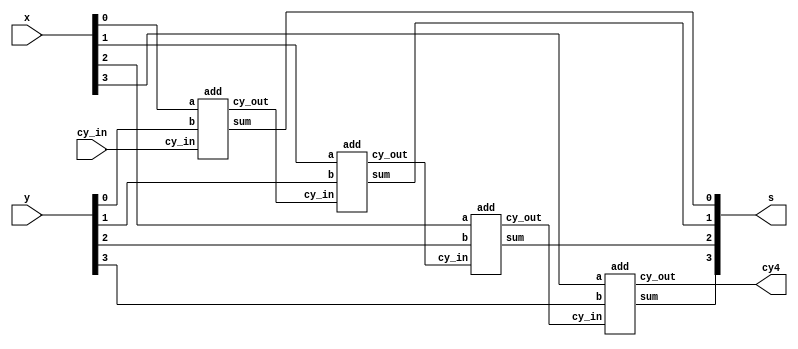
module add4(s, cy4, cy_in, x, y);
  input [3:0] x, y;
  input cy_in;
  output [3:0] s;
  output cy4;
  wire [2:0] cy_out;
  add B0(cy_out[0], s[0], x[0], y[0], cy_in);
  add B1(cy_out[1], s[1], x[1], y[1], cy_out[0]);
  add B2(cy_out[2], s[2], x[2], y[2], cy_out[1]);
  add B3(cy4, s[3], x[3], y[3], cy_out[2]);
endmodule

module add(cy_out, sum, a, b, cy_in);
  input a, b, cy_in;
  output sum, cy_out;
  sum s1(sum, a, b, cy_in);
  carry c1(cy_out, a, b, cy_in);
endmodule

module sum(sum, a, b, cy_in);
  input a, b, cy_in;
  output sum;
  wire t;
  xor x1(t, a, b);
  xor x2(sum, t, cy_in);
endmodule

module carry(cy_out, a, b, cy_in);
  input a, b, cy_in;
  output cy_out;
  wire t1, t2, t3;
  and g1(t1, a, b);
  and g2(t2, a, cy_in);
  and g3(t3, b, cy_in);
  or g4(cy_out, t1, t2, t3);
endmodule